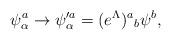
LaTeX: \begin{align*}\psi^{a}_{\alpha}\rightarrow \psi'^{a}_{\alpha}=(e^{\Lambda}){}^{a}{}_{b}\psi^{b},\end{align*}